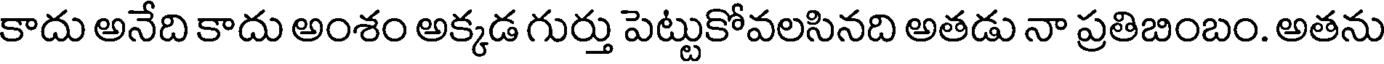
కాదు అనేది కాదు అంశం అక్కడ గుర్తు పెట్టుకోవలసినది అతడు నా ప్రతిబింబం. అతను